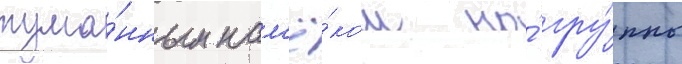
тума́нным нам'ё́ком на́ гру́ппы